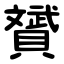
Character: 贇